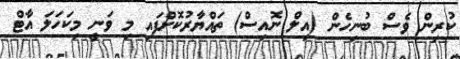
ކުރިން ވެސް ބުނިހެން (އިލް ނޮއިސް) ތައްޔާރުކޮށްފައި މި ވަނީ މިކަހަލަ އާޓް